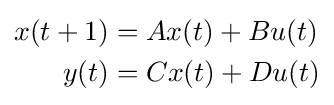
{\begin{aligned}x(t+1)&=Ax(t)+Bu(t)\\y(t)&=Cx(t)+Du(t)\end{aligned}}